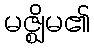
မဇ္ဈိမ၏